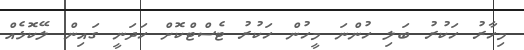
މިހާރު ހަކުރު ބަލި ހުންނަ މީހުން ހަކުރު ޓެސްޓްކޮށް ހަދަނީ ގައިން ލޭކޮޅެއް